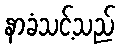
နာခံသင့်သည်